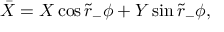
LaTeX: \bar { X } = X \cos \tilde { r } _ { - } \phi + Y \sin \tilde { r } _ { - } \phi ,